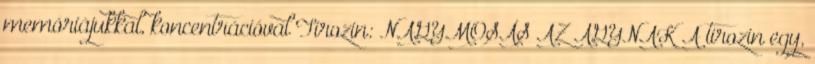
memóriájukkal, koncentrációval Tirozin: NAGYMOSÁS AZ AGYNAK A tirozin egy,